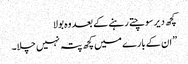
کچھ دیر سوچتے رہنے کے بعد وہ بولا
” ان کے بارے میں کچھ پتہ نہیں چلا۔